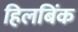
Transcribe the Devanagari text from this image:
हिलबिंक